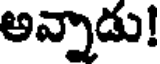
అన్నాడు!